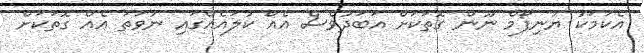
އެކަމަކު ޔުނިފޯމް ނޫން ގޮތަކަށް އަބަދުވެސް އެއް ކުލައެއްގައި ނުވަތަ އެއް ގޮތަކަށް